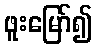
ဖူးမြော်၍